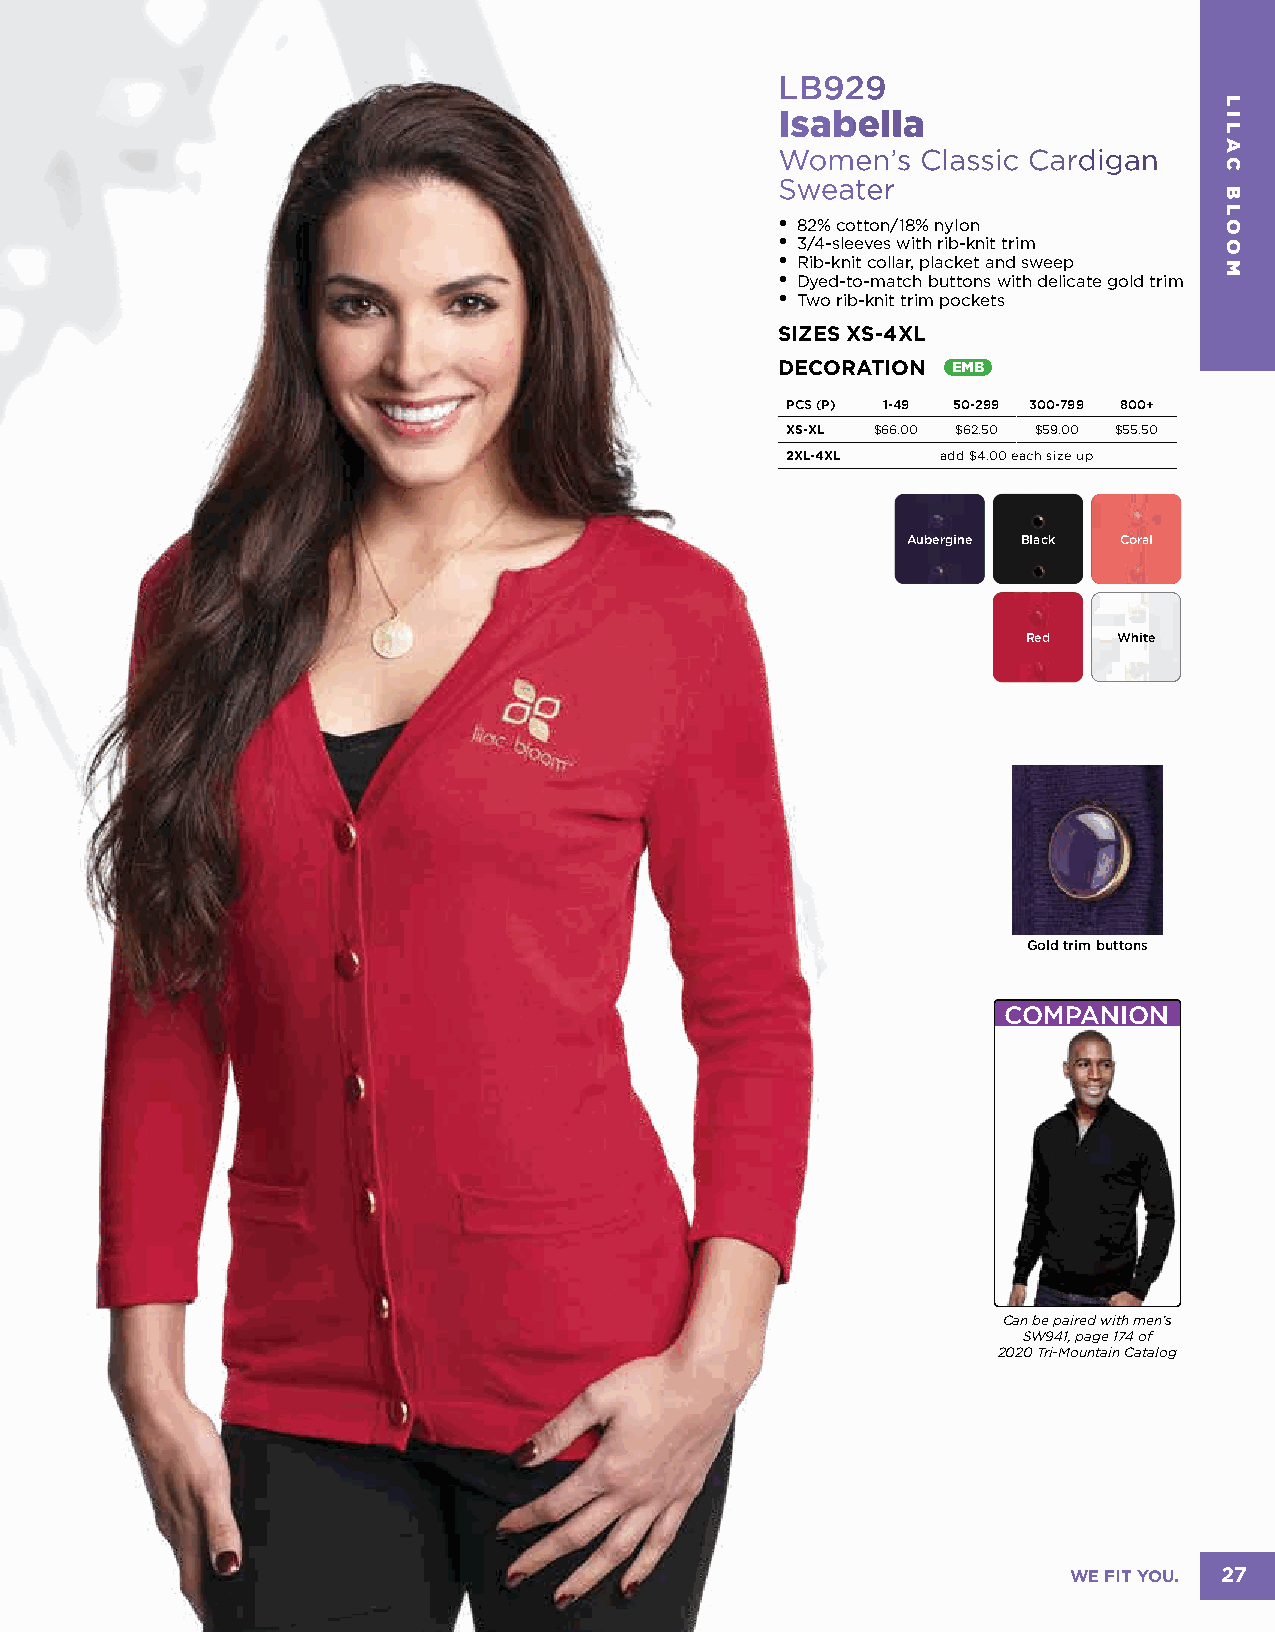
LB929
 Isabella
 Women’s  Classic Cardigan
 Sweater
 • 82% cotton/18% nylon
 • 3/4-sleeves with rib-knit trim
 • Rib-knit collar, placket and sweep
 • Dyed-to-match buttons with delicate gold trim
 • Two rib-knit trim pockets
 SIZES XS-4XL
 DECORATION EMB
 PCS (P) 1-49 50-299 300-799 800+
 XS-XL $66.00 $62.50 $59.00 $55.50
 2XL-4XL   add $4.00 each size up
 Aubergine Black Coral
 Red   White
 Gold trim buttons
 COMPANION
 Can be paired with men’s
 SW941, page 174 of
 2020 Tri-Mountain Catalog
 WE FIT YOU. 27
 LILAC
 BLOOM